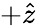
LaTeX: +\hat{z}